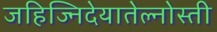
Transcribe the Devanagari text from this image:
जहिज्निदेयातेल्नोस्ती